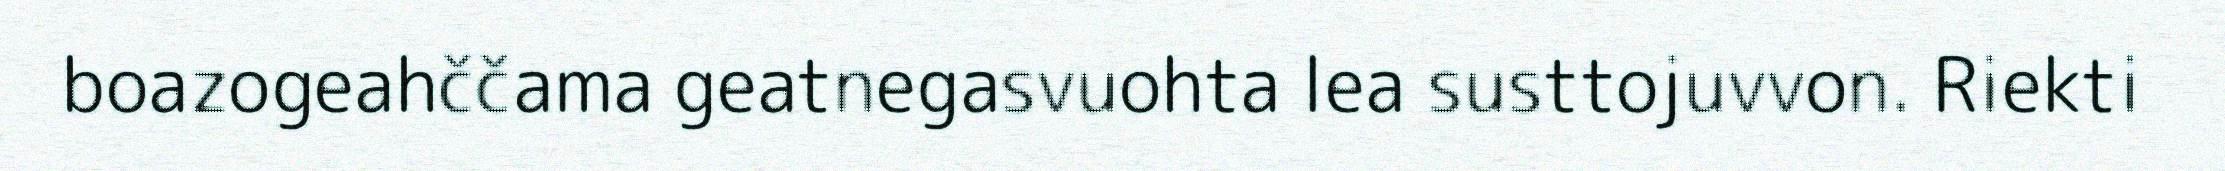
boazogeahččama geatnegasvuohta lea susttojuvvon. Riekti